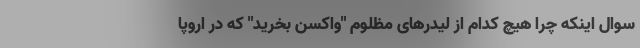
سوال اینکه چرا هیچ کدام از لیدرهای مظلوم "واکسن بخرید" که در اروپا